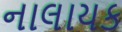
નાલાયક